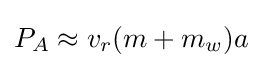
P_{A}\approx v_{r}(m+m_{w})a